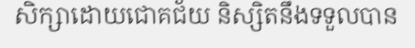
សិក្សាដោយជោគជ័យ និស្សិតនឹងទទួលបាន